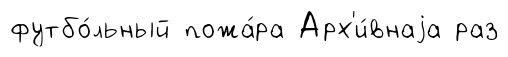
футбо́льный пожа́ра Арх'и́внаjа раз